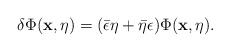
\begin{align*}\delta\Phi(\mathbf{x},\eta)=(\bar{\epsilon}\eta +\bar{\eta}\epsilon) \Phi(\mathbf{x},\eta).\end{align*}